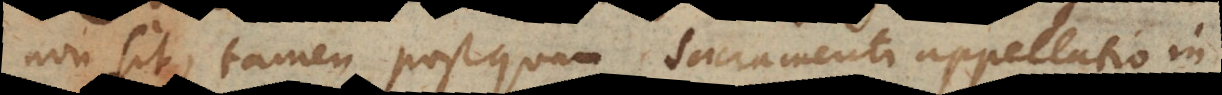
non sit, tamen postquam Sacramenti appellatio in